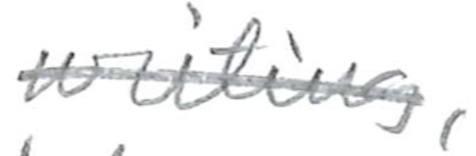
Text: writing,
Cross-out: single-line
Writing tool: pencil